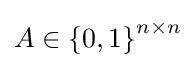
A\in \left\{0,1\right\}^{n\times n}